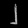
Digit: ၂